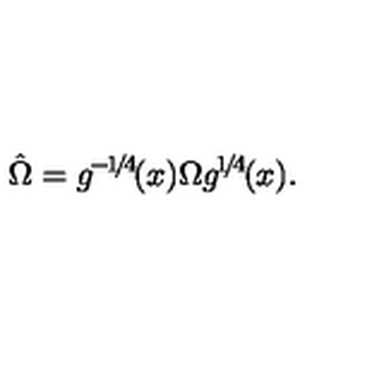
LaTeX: \hat { \Omega } = g ^ { \! - \! 1 \! / \! 4 \! } ( x ) \Omega g ^ { \! 1 \! / \! 4 \! } ( x ) .